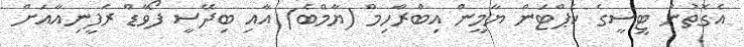
އެގޮތުން ޓީސީގެ ކެޕްޓަން ޔާމީން އިބްރާހިމް (ޔާމްބެ) އާއި ބިދޭސީ ފޯވާޑް ރަފީނިއާއަށް